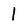
Character: 1